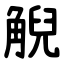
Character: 觬